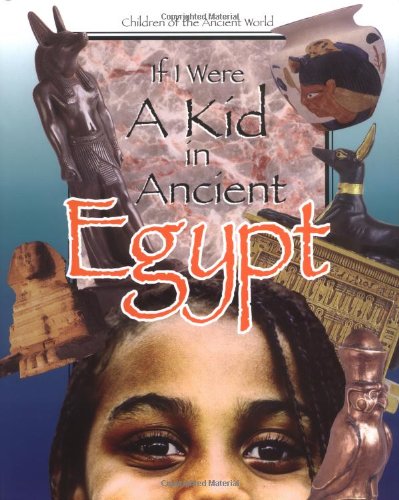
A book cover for If I Were a Kid in Ancient Egypt: Children of the Ancient World; Cobblestone Publishing; History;